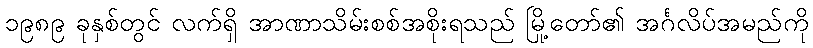
၁၉၈၉ ခုနှစ်တွင် လက်ရှိ အာဏာသိမ်းစစ်အစိုးရသည် မြို့တော်၏ အင်္ဂလိပ်အမည်ကို